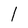
Character: l